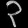
Digit: ၃